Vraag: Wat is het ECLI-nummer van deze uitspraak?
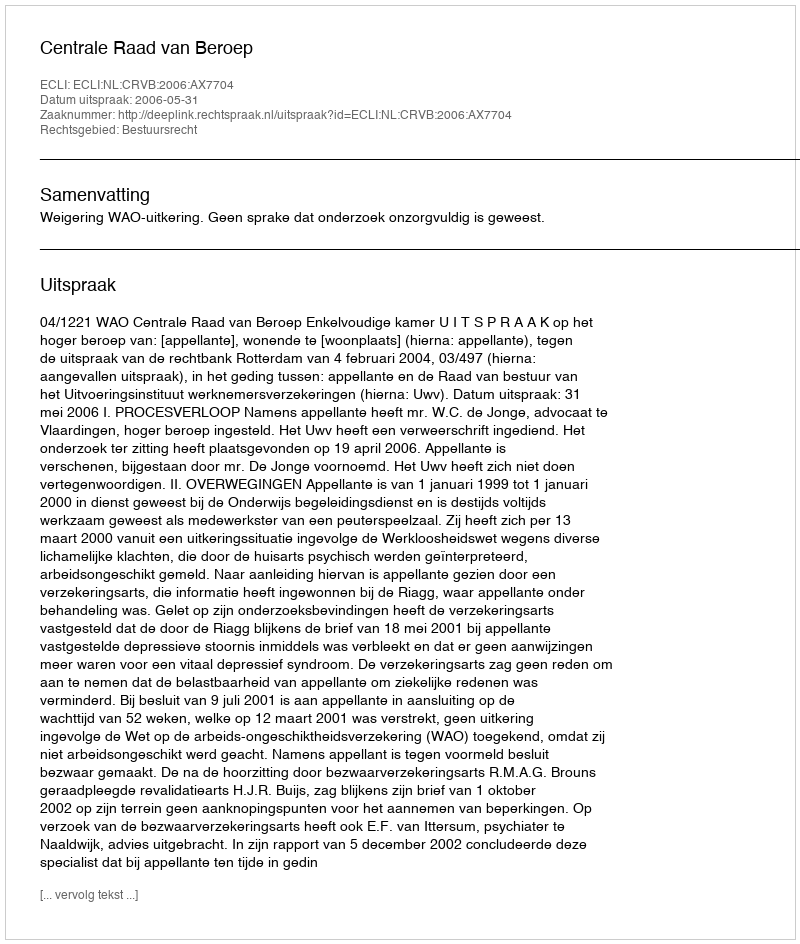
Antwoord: ECLI:NL:CRVB:2006:AX7704